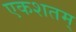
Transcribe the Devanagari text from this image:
एकशतम्